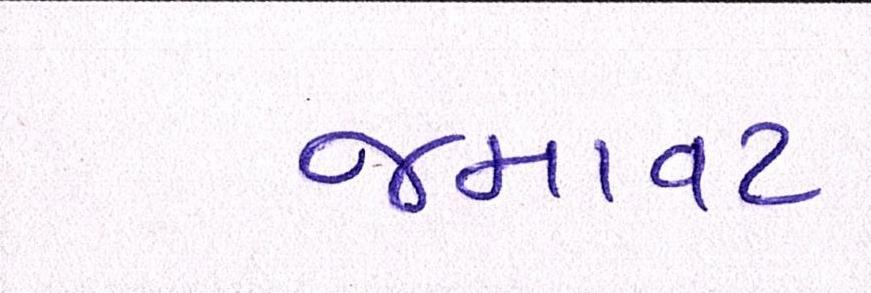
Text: જમાવટ